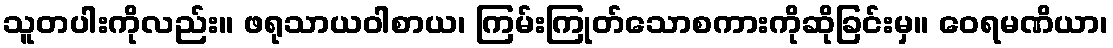
သူတပါးကိုလည်း။ ဖရုသာယဝါစာယ၊ ကြမ်းကြုတ်သောစကားကိုဆိုခြင်းမှ။ ဝေရမဏိယာ၊